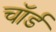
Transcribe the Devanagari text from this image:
चॉर्ड